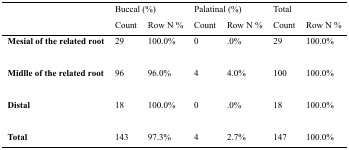
<table><thead><tr><td></td><td colspan="2"><b>Buccal (%)</b></td><td colspan="2"><b>Palatinal (%)</b></td><td colspan="2"><b>Total</b></td></tr><tr><td></td><td><b>Count</b></td><td><b>Row N %</b></td><td><b>Count</b></td><td><b>Row N %</b></td><td><b>Count</b></td><td><b>Row N %</b></td></tr></thead><tbody><tr><td><b>Mesial of the related root</b></td><td>29</td><td>100.0%</td><td>0</td><td>.0%</td><td>29</td><td>100.0%</td></tr><tr><td><b>Midlle of the related root</b></td><td>96</td><td>96.0%</td><td>4</td><td>4.0%</td><td>100</td><td>100.0%</td></tr><tr><td><b>Distal</b></td><td>18</td><td>100.0%</td><td>0</td><td>.0%</td><td>18</td><td>100.0%</td></tr><tr><td><b>Total</b></td><td>143</td><td>97.3%</td><td>4</td><td>2.7%</td><td>147</td><td>100.0%</td></tr></tbody></table>